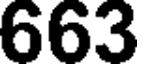
663